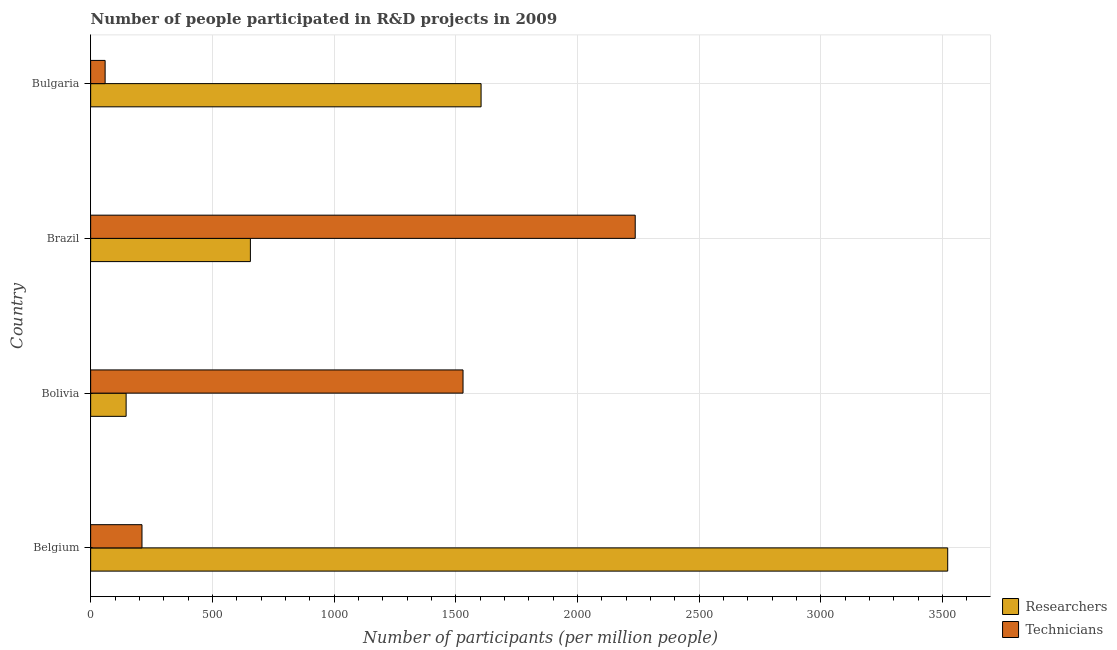
| Country | Researchers | Technicians |
 | --- | --- | --- |
 | Belgium | 3.52e+03 | 211 |
 | Bolivia | 146 | 1.53e+03 |
 | Brazil | 656 | 2.24e+03 |
 | Bulgaria | 1.6e+03 | 59.4 |